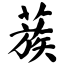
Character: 蔟